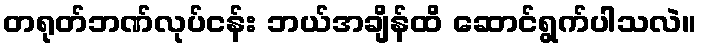
တရုတ်ဘဏ်လုပ်ငန်း ဘယ်အချိန်ထိ ဆောင်ရွက်ပါသလဲ။